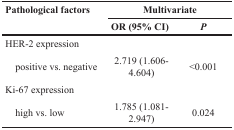
| <ROWSPAN=2> Pathological factors | <COLSPAN=2> Multivariate |
 | OR (95% CI) | P |
 | --- | --- | --- |
 | HER-2 expression |  |  |
 | positive vs. negative | 2.719 (1.606-4.604) | <0.001 |
 | Ki-67 expression |  |  |
 | high vs. low | 1.785 (1.081-2.947) | 0.024 |